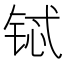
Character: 铽